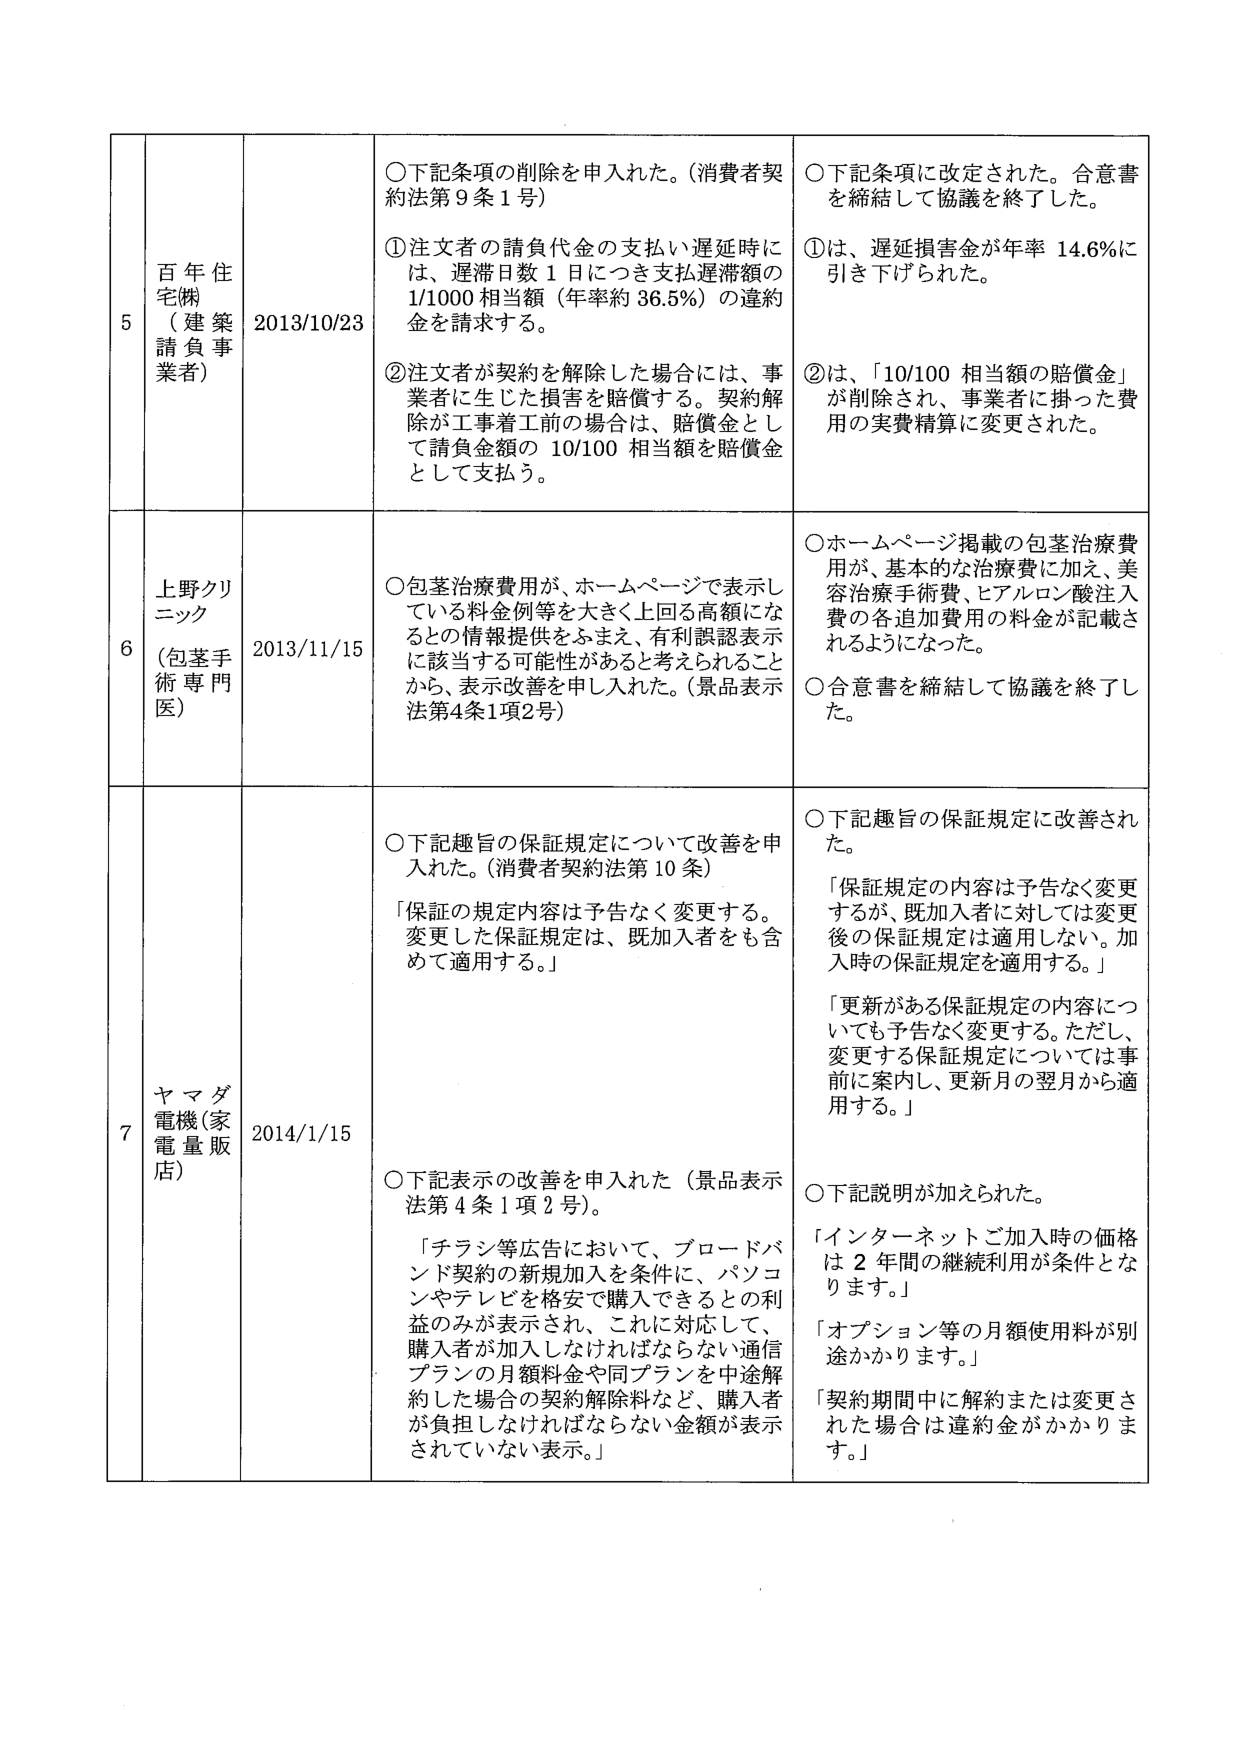
5 百年住宅㈱ (建築請負事業者) 2013/10/23 ○下記条項の削除を申入れた。(消費者契約法第9条1号) ①注文者の請負代金の支払い遅延時には、遅滞日数1日につき支払遅滞額の1/1000相当額(年率約36.5%)の違約金を請求する。 ②注文者が契約を解除した場合には、事業者に生じた損害を賠償する。契約解除が工事着工前の場合は、賠償金として請負金額の10/100相当額を賠償金として支払う。 ○下記条項に改定された。合意書を締結して協議を終了した。 ①は、遅延損害金が年率14.6%に引き下げられた。 ②は、「10/100相当額の賠償金」が削除され、事業者に掛った費用の実費精算に変更された。

6 上野クリニック (包茎手術専門医) 2013/11/15 ○包茎治療費用が、ホームページで表示している料金例等を大きく上回る高額になるととの情報提供をふまえ、有利誤認表示に該当する可能性があると考えられることから、表示改善を申し入れた。(景品表示法第4条1項2号) ○ホームページ掲載の包茎治療費用が、基本的な治療費に加え、美容治療手術費、ヒアルロン酸注入費の各追加費用の料金が記載されるようになった。 ○合意書を締結して協議を終了した。

7 ヤマダ電機(家電量販店) 2014/1/15 ○下記趣旨の保証規定について改善を申入れた。(消費者契約法第10条) 「保証の規定内容は予告なく変更する。変更した保証規定は、既加入者をも含めて適用する。」 ○下記趣旨の保証規定に改善された。 「保証規定の内容は予告なく変更するが、既加入者に対しては変更後の保証規定は適用しない。加入時の保証規定を適用する。」 「更新がある保証規定の内容についても予告なく変更する。ただし、変更する保証規定については事前に案内し、更新月の翌月から適用する。」 ○下記表示の改善を申入れた(景品表示法第4条1項2号)。 「チラシ等広告において、ブロードバンド契約の新規加入を条件に、パソコンやテレビを格安で購入できるとの利益のみが表示され、これに対応して、購入者が加入しなければならない通信プランの月額料金や同プランを中途解約した場合の契約解除料など、購入者が負担しなければならない金額が表示されていない表示。」 ○下記説明が加えられた。 「インターネットご加入時の価格は2年間の継続利用が条件となります。」 「オプション等の月額使用料が別途かかります。」 「契約期間中に解約または変更された場合は違約金がかかります。」